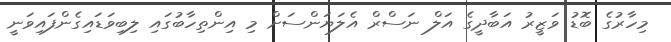
މިހާރުގެ ބޮޑު ވަޒީރު އަބާދީގެ އަލް ނަސްރް އެލަޔަންސަށް މި އިންތިހާބުގައި ލިބިވަޑައިގެންފައިވަނީ